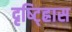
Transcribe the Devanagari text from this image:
दृष्ट्ह्रािस